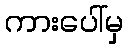
ကားပေါ်မှ